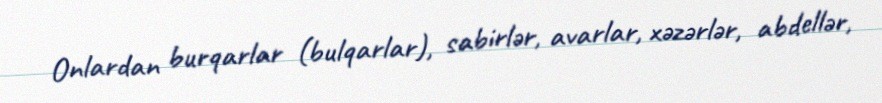
Onlardan burqarlar (bulqarlar), sabirlər, avarlar, xəzərlər, abdellər,